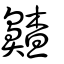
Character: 齄